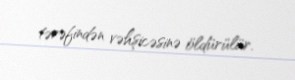
tərəfindən vəhşicəsinə öldürülür.